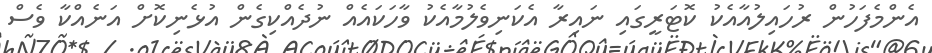
އެންމެފަހުން ރުހައިލުއާއެކު ކޮޓަރީގައި ނައިރާ އެކަނިވެލުމާއެކު ވާހަކައެއް ނުދެއްކިގެން އުޅެނިކޮށް އަނެއްކާ ވެސް